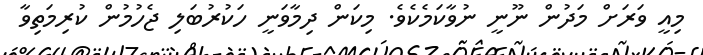
މިއީ ވަރަށް މަދުން ނޫނީ ނުވާކަމެކެވެ. މިކަން ދިމާވަނީ ހަކުރުބަލި ޖެހުމުން ކުރިމަތިވާ